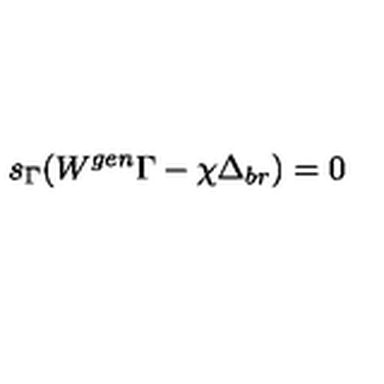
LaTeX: s _ { \Gamma } ( W ^ { g e n } \Gamma - \chi \Delta _ { b r } ) = 0